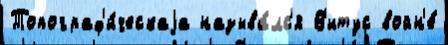
Топограф'и́ческаjа называ́лс'я В'итус войн'е́